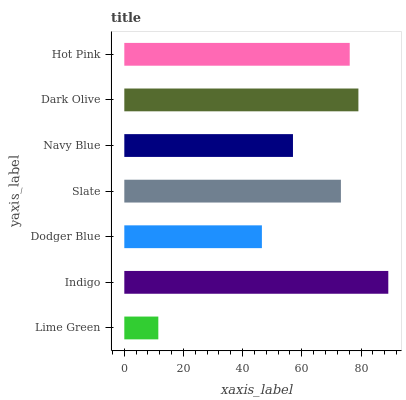
| yaxis_label | bars |
 | --- | --- |
 | Lime Green | 11.5 |
 | Indigo | 89.2 |
 | Dodger Blue | 46.5 |
 | Slate | 73.2 |
 | Navy Blue | 57 |
 | Dark Olive | 79.1 |
 | Hot Pink | 76.2 |